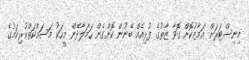
މިނިސްޓަރަށް އަމާޒުކޮށް ގޮވާ ޒާތުގެ ފުޅިއެއް ބޭނުން ކޮށްގެން ހަމަލާދޭން މީހަކު މަސައްކަތްކުރިކަމުގެ